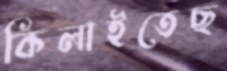
কিলাইতেছ